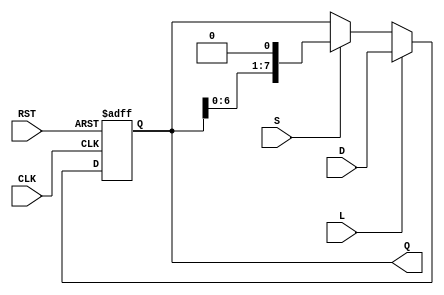
module ShiftRegister (
    input wire [N-1:0] D,      // Data Input
    input wire S,              // Shift Control
    input wire L,              // Load Control
    input wire CLK,            // Clock
    input wire RST,            // Asynchronous Reset
    output reg [N-1:0] Q       // Output
);
    parameter N = 8;           // Width of the shift register (e.g., 8 bits)

    always @(posedge CLK or posedge RST) begin
        if (RST) begin
            Q <= {N{1'b0}};     // Reset output to 0s
        end else if (L) begin
            Q <= D;             // Load new data
        end else if (S) begin
            Q <= {Q[N-2:0], 1'b0}; // Shift right with zero-fill (MSB out)
            // For left shifting, uncomment the line below and comment the above line.
            // Q <= {1'b0, Q[N-1:1]}; // Shift left with zero-fill (LSB out)
        end
        // If neither L nor S are active, Q remains unchanged (idle state)
    end
endmodule